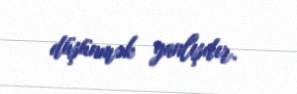
düşünmək yanlışdır.